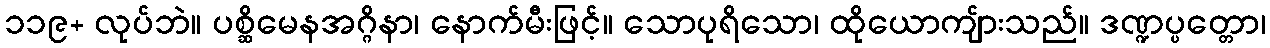
၁၁၉+ လုပ်ဘဲ။ ပစ္ဆိမေနအဂ္ဂိနာ၊ နောက်မီးဖြင့်။ သောပုရိသော၊ ထိုယောကျ်ားသည်။ ဒဏ္ဍပ္ပတ္တော၊